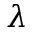
\lambda